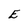
Character: E